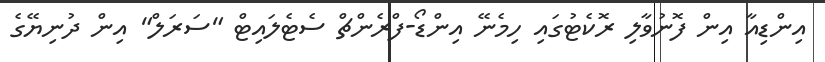
އިންޑިއާ އިން ފޮނުވާލި ރޮކެޓުގައި ހިމެނޭ އިންޑޯ-ފްރެންޗް ސެޓެލައިޓް "ސަރަލް" އިން ދުނިޔޭގެ